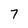
Character: 7